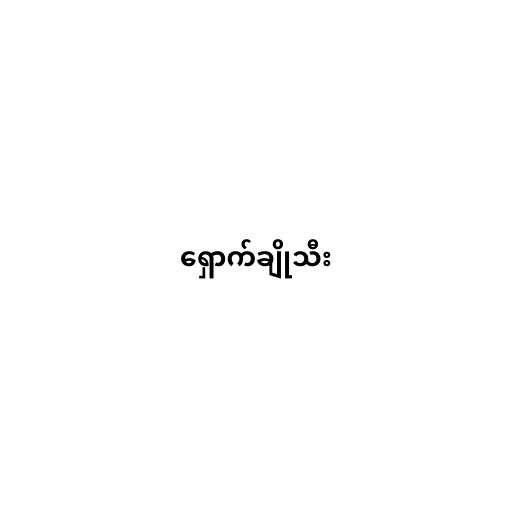
ရှောက်ချိုသီး